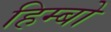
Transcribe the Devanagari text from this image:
हिम्बो